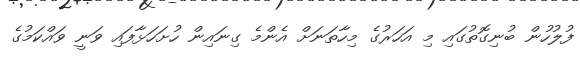
ފުލުހުން ބުނިގޮތުގައި މި އަހަރުގެ މިހާތަނަށް އެންމެ ގިނައިން ހުށަހަޅާފައި ވަނީ ވައްކަމުގެ